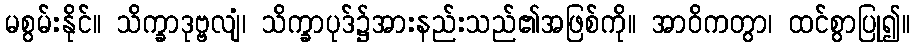
မစွမ်းနိုင်။ သိက္ခာဒုဗ္ဗလျံ၊ သိက္ခာပုဒ်၌အားနည်းသည်၏အဖြစ်ကို။ အာဝိကတွာ၊ ထင်စွာပြု၍။